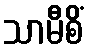
သာမီစိံ